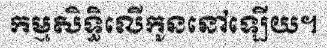
កម្មសិទ្ធិលើកូននៅឡើយ។